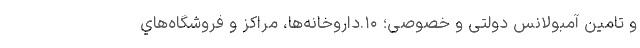
و تامین آمبولانس دولتی و خصوصی؛ ۱۰.داروخانه‌ها، مراکز و فروشگاه‌هاي